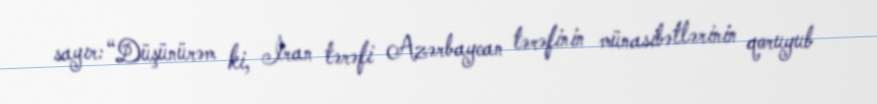
sayır: “Düşünürəm ki, İran tərəfi Azərbaycan tərəfinin münasibətlərinin qoruyub